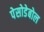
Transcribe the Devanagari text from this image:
पेसोडेबोल